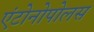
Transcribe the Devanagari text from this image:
एंटोनोपोलस